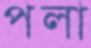
পলা